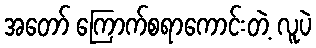
အတော် ကြောက်စရာကောင်းတဲ့ လူပဲ